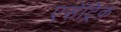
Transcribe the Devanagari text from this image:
एसेंट्रिक